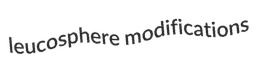
leucosphere modifications